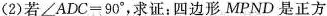
(2)若$$∠ A D C = 9 0 °$$，求证：四边形MPND是正方